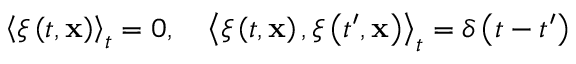
\left\langle \xi \left( t , \mathbf { x } \right) \right\rangle _ { t } = 0 , \quad \left\langle \xi \left( t , \mathbf { x } \right) , \xi \left( t ^ { \prime } , \mathbf { x } \right) \right\rangle _ { t } = \delta \left( t - t ^ { \prime } \right)